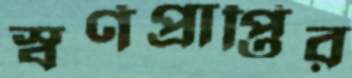
স্বর্ণপ্রাপ্তির